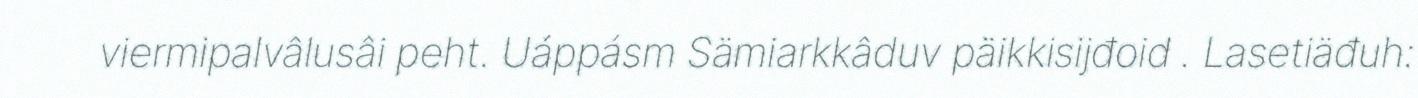
viermipalvâlusâi peht. Uáppásm Sämiarkkâduv päikkisijđoid . Lasetiäđuh: